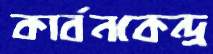
কার্বনকেন্দ্র